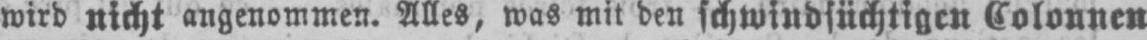
wird nicht angenommen. Alles, was mit den schwindsüchtigen Colonnen